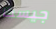
جيسكا